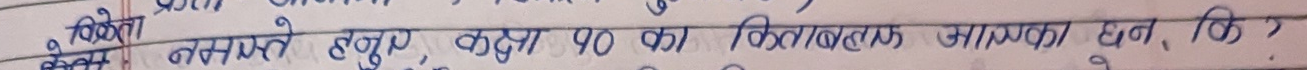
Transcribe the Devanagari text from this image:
• विक्रेता नमस्ते हजुर, कक्षा १० का किताबलाफ आएका छन, कि?